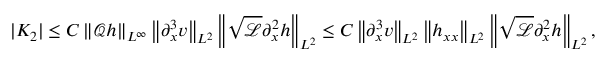
| K _ { 2 } | \leq C \left\| \mathscr { Q } h \right\| _ { L ^ { \infty } } \left\| \partial _ { x } ^ { 3 } v \right\| _ { L ^ { 2 } } \left\| \sqrt { \mathscr { L } } \partial _ { x } ^ { 2 } h \right\| _ { L ^ { 2 } } \leq C \left\| \partial _ { x } ^ { 3 } v \right\| _ { L ^ { 2 } } \left\| h _ { x x } \right\| _ { L ^ { 2 } } \left\| \sqrt { \mathscr { L } } \partial _ { x } ^ { 2 } h \right\| _ { L ^ { 2 } } ,